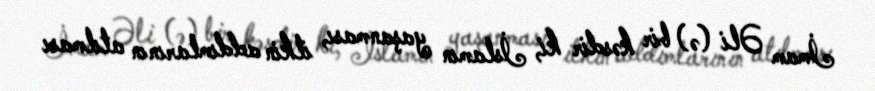
İmam Əli (ə) bir kəsdir ki, İslamın yaşanması, ilkin addımlarının atılması